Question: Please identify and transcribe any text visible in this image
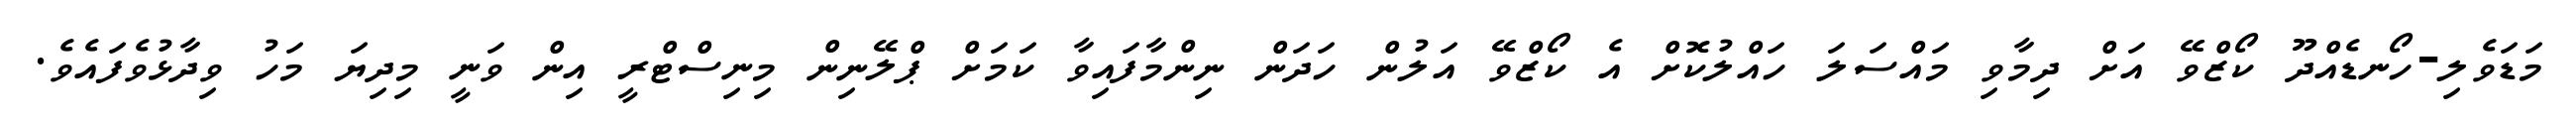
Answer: މަޑަވެލި-ހޯނޑެއްދޫ ކޯޒްވޭ އަށް ދިމާވި މައްސަލަ ހައްލުކޮށް އެ ކޯޒްވޭ އަލުން ހަދަން ނިންމާފައިވާ ކަމަށް ޕްލޭނިން މިނިސްޓްރީ އިން ވަނީ މިދިޔަ މަހު ވިދާޅުވެފައެވެ.